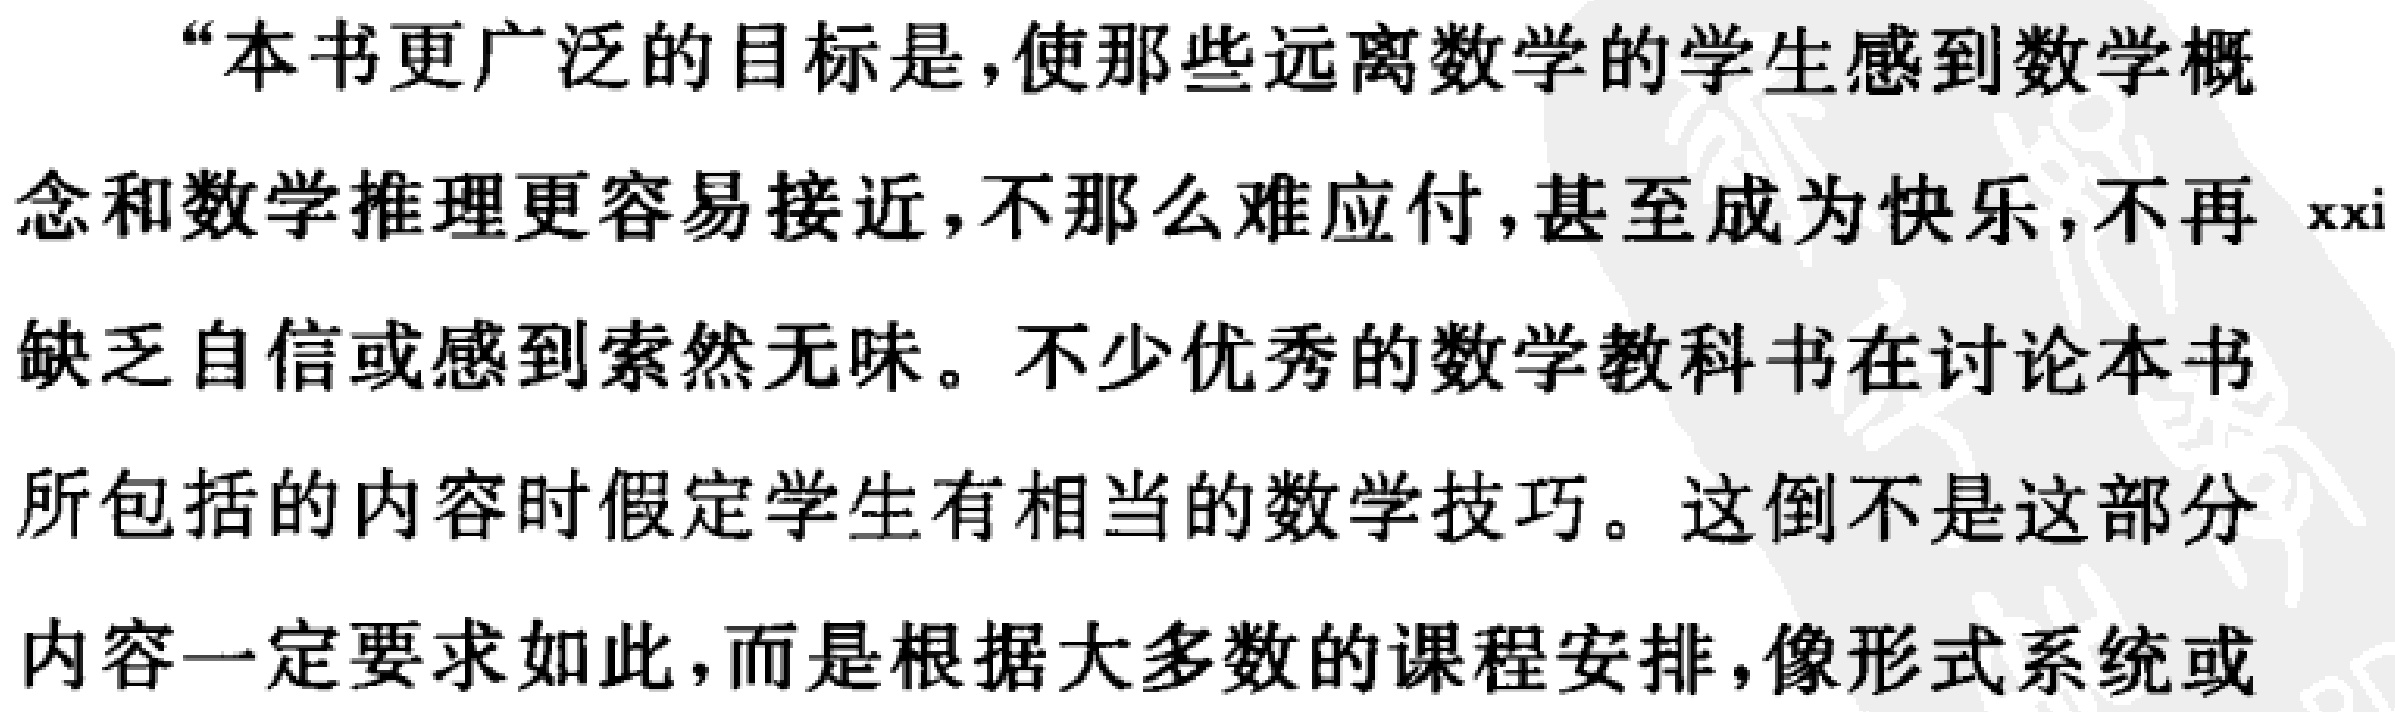
“本书更广泛的目标是，使那些远离数学的学生感到数学概念和数学推理更容易接近，不那么难应付，甚至成为快乐，不再 \textit{xxi} 缺乏自信或感到索然无味。不少优秀的数学教科书在讨论本书所包括的内容时假定学生有相当的数学技巧。这倒不是这部分内容一定要求如此，而是根据大多数的课程安排，像形式系统或